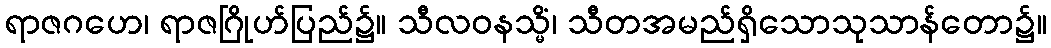
ရာဇဂဟေ၊ ရာဇဂြိုဟ်ပြည်၌။ သီလဝနသ္မိံ၊ သီတအမည်ရှိသောသုသာန်တော၌။